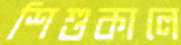
শিশুকালে